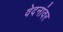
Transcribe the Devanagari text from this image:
वेदनांवर